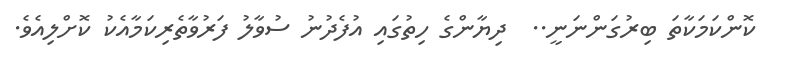
ކޮންކަމަކާތަ ބިރުގަންނަނީ..  ދިޔާންގެ ހިތުގައި އުފެދުނު ސުވާލު ފަރުވާތެރިކަމާއެކު ކޮށްލިއެވެ.